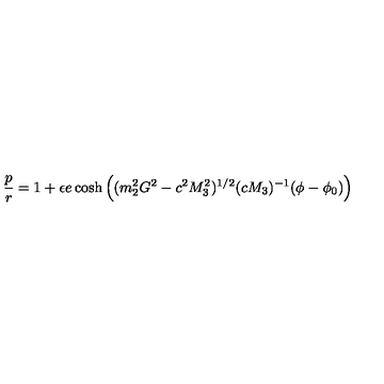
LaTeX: \frac { p } { r } = 1 + \epsilon e \cosh \left( ( m _ { 2 } ^ { 2 } G ^ { 2 } - c ^ { 2 } M _ { 3 } ^ { 2 } ) ^ { 1 / 2 } ( c M _ { 3 } ) ^ { - 1 } ( \phi - \phi _ { 0 } ) \right)